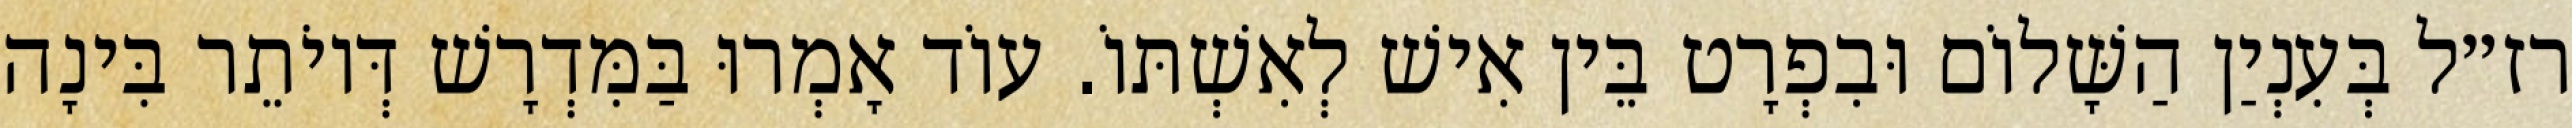
רז״ל בְּעִנְיַן הַשָּׁלוֹם וּבִפְרָט בֵּין אִישׁ לְאִשְׁתּוֹ. עוֹד אָמְרוּ בַּמִּדְרָשׁ דְּיוֹתֵר בִּינָה